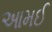
આમઈ